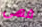
فهى